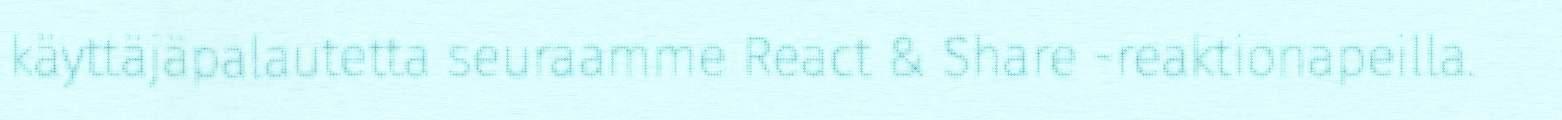
käyttäjäpalautetta seuraamme React & Share -reaktionapeilla.